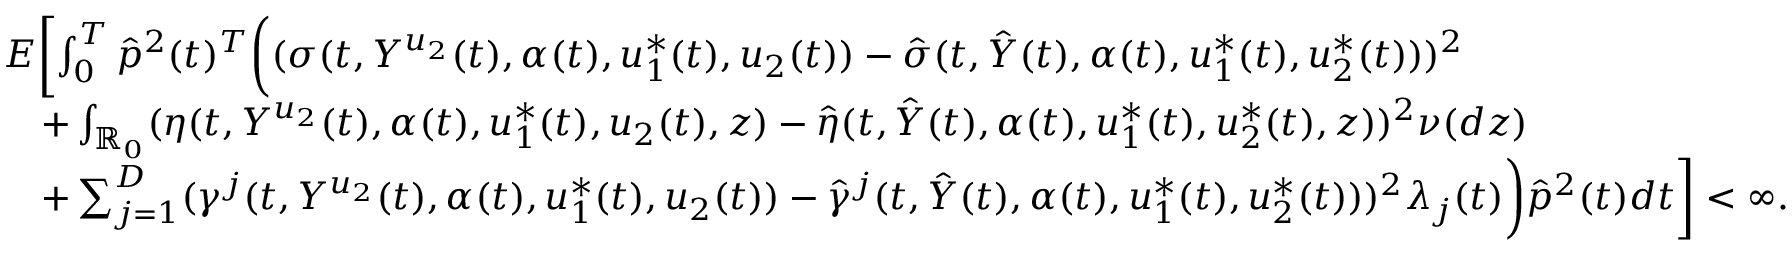
\begin{array} { r l } & { E \biggl [ \int _ { 0 } ^ { T } \hat { p } ^ { 2 } ( t ) ^ { T } \biggl ( ( \sigma ( t , Y ^ { u _ { 2 } } ( t ) , \alpha ( t ) , u _ { 1 } ^ { * } ( t ) , u _ { 2 } ( t ) ) - \hat { \sigma } ( t , \hat { Y } ( t ) , \alpha ( t ) , u _ { 1 } ^ { * } ( t ) , u _ { 2 } ^ { * } ( t ) ) ) ^ { 2 } } \\ & { \quad + \int _ { \mathbb { R } _ { 0 } } ( \eta ( t , Y ^ { u _ { 2 } } ( t ) , \alpha ( t ) , u _ { 1 } ^ { * } ( t ) , u _ { 2 } ( t ) , z ) - \hat { \eta } ( t , \hat { Y } ( t ) , \alpha ( t ) , u _ { 1 } ^ { * } ( t ) , u _ { 2 } ^ { * } ( t ) , z ) ) ^ { 2 } \nu ( d z ) } \\ & { \quad + \sum _ { j = 1 } ^ { D } ( \gamma ^ { j } ( t , Y ^ { u _ { 2 } } ( t ) , \alpha ( t ) , u _ { 1 } ^ { * } ( t ) , u _ { 2 } ( t ) ) - \hat { \gamma } ^ { j } ( t , \hat { Y } ( t ) , \alpha ( t ) , u _ { 1 } ^ { * } ( t ) , u _ { 2 } ^ { * } ( t ) ) ) ^ { 2 } \lambda _ { j } ( t ) \biggr ) \hat { p } ^ { 2 } ( t ) d t \biggr ] < \infty . } \end{array}